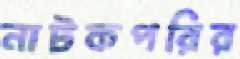
নাটকপরির